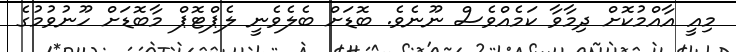
މިއީ އާއްމުކޮށް ދިމާވާ ކަމެއްވެސް ނޫނެވެ. ބޮޑަށް ބެލެވެނީ ލެޕްޓޮޕް މާބޮޑަށް ހޫނުވުމުގެ